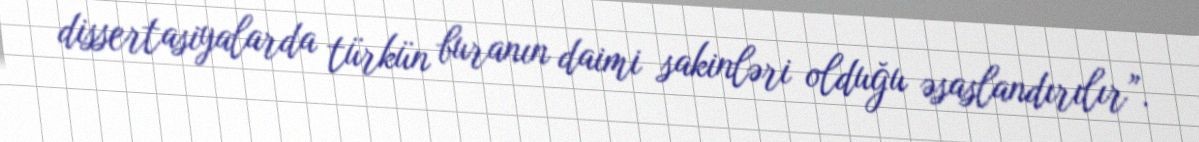
dissertasiyalarda türkün buranın daimi sakinləri olduğu əsaslandırılır”.